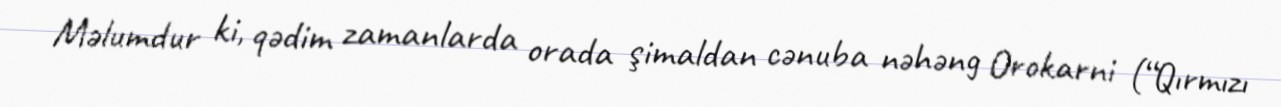
Məlumdur ki, qədim zamanlarda orada şimaldan cənuba nəhəng Orokarni (“Qırmızı